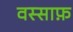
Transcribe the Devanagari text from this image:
वस्साफ़